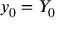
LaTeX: y _ { 0 } = Y _ { 0 }